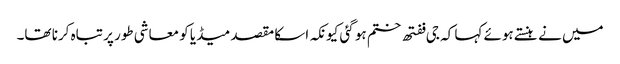
میں نے ہنستے ہوئے کہا کہ جی ففتھ ختم ہو گئی کیونکہ اسکا مقصد میڈیا کو معاشی طور پر تباہ کرنا تھا۔